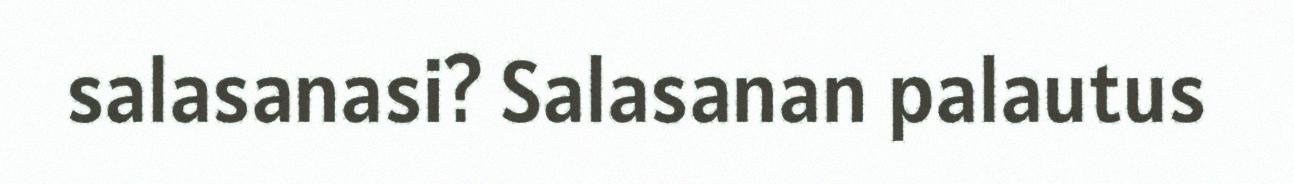
salasanasi? Salasanan palautus